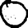
Digit: 0